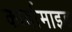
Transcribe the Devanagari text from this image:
कार्बामाइड